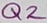
Text: Q2